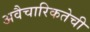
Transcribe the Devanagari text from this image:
अवैचारिकतेची